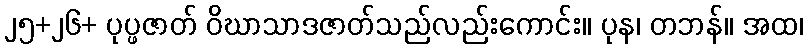
၂၅+၂၆+ ပုပ္ဖဇာတ် ဝိဃာသာဒဇာတ်သည်လည်းကောင်း။ ပုန၊ တဘန်။ အထ၊